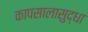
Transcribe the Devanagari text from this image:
कापसालासुद्धा